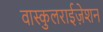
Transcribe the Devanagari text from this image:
वास्कुलराईज़ेशन